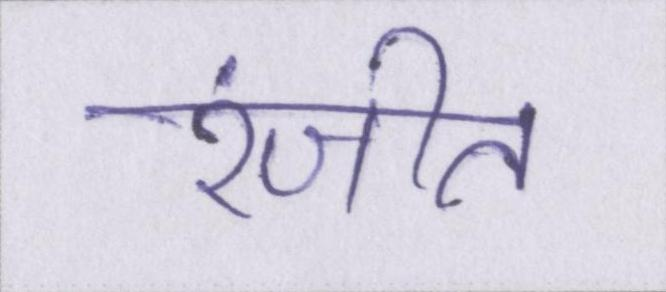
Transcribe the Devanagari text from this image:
रंजीत